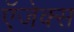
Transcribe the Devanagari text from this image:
ऍजेक्स